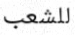
للشعب